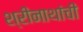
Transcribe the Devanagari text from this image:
श्रीनाथांची